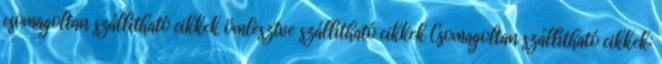
csomagoltan szállítható cikkek ömlesztve szállítható cikkek Csomagoltan szállítható cikkek: